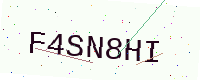
Text: F4SN8HI